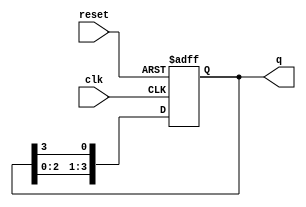
module ring_counter (
    input wire clk,       // Clock signal
    input wire reset,     // Asynchronous reset signal
    output reg [3:0] q    // 4-bit output representing the state of the counter
);

// Initial state for the counter
initial begin
    q = 4'b1000; // Initialize the counter to 1000
end

// Always block triggered on clock rising edge or reset
always @(posedge clk or posedge reset) begin
    if (reset) begin
        // On reset, set the counter to the initial state
        q <= 4'b1000; 
    end else begin
        // Shift the '1' bit to the right
        q <= {q[2:0], q[3]};
    end
end

endmodule